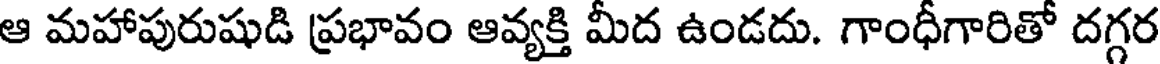
ఆ మహాపురుషుడి ప్రభావం ఆవ్యక్తి మీద ఉండదు. గాంధీగారితో దగ్గర